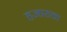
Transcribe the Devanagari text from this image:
हजारावा